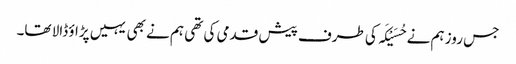
جس روز ہم نے حُسَیْکَہ کی طرف پیش قدمی کی تھی ہم نے بھی یہیں پڑاؤ ڈالا تھا۔